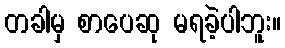
တခါမှ စာပေဆု မရခဲ့ပါဘူး။